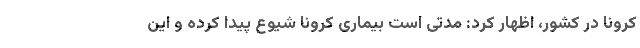
کرونا در کشور، اظهار کرد: مدتی است بیماری کرونا شیوع پیدا کرده و این